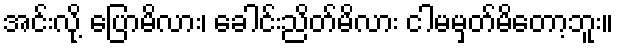
အင်းလို့ ပြောမိလား၊ ခေါင်းညိတ်မိလား ငါမမှတ်မိတော့ဘူး။